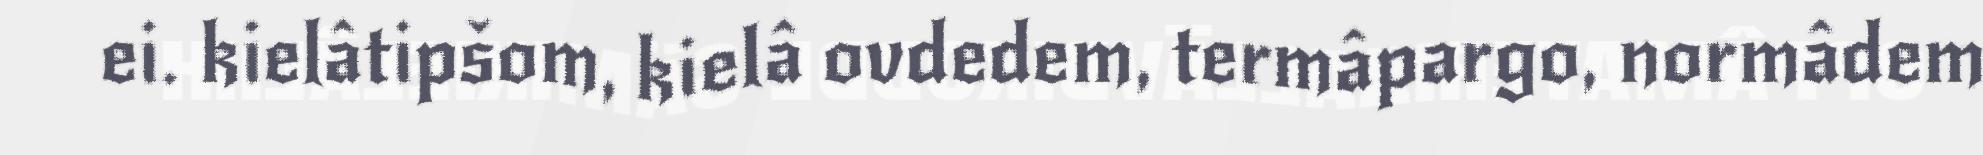
ei. kielâtipšom, kielâ ovdedem, termâpargo, normâdem